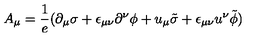
A _ { \mu } = { \frac { 1 } { e } } ( \partial _ { \mu } \sigma + \epsilon _ { \mu \nu } \partial ^ { \nu } \phi + u _ { \mu } \tilde { \sigma } + \epsilon _ { \mu \nu } u ^ { \nu } \tilde { \phi } )